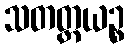
သတတ္တယဉ္စ